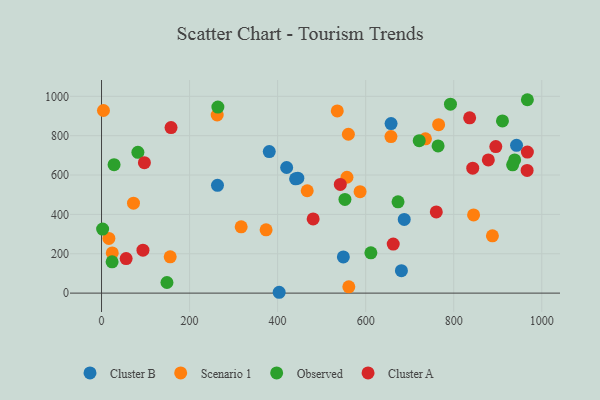
{"axis": {"x": "Experience", "y": "Yield"}, "legend": ["Cluster A", "Cluster B", "Observed", "Scenario 1"], "data": [{"x": "381.0", "y": 719.3, "type": "Cluster B"}, {"x": "263.4", "y": 547.8, "type": "Cluster B"}, {"x": "942.7", "y": 750.9, "type": "Cluster B"}, {"x": "445.9", "y": 584.1, "type": "Cluster B"}, {"x": "657.7", "y": 861.6, "type": "Cluster B"}, {"x": "687.6", "y": 374.4, "type": "Cluster B"}, {"x": "403.5", "y": 4.3, "type": "Cluster B"}, {"x": "549.3", "y": 184.0, "type": "Cluster B"}, {"x": "681.2", "y": 114.0, "type": "Cluster B"}, {"x": "440.8", "y": 581.0, "type": "Cluster B"}, {"x": "420.5", "y": 638.3, "type": "Cluster B"}, {"x": "560.7", "y": 807.3, "type": "Scenario 1"}, {"x": "535.5", "y": 925.8, "type": "Scenario 1"}, {"x": "467.2", "y": 520.2, "type": "Scenario 1"}, {"x": "557.5", "y": 588.7, "type": "Scenario 1"}, {"x": "262.7", "y": 905.2, "type": "Scenario 1"}, {"x": "887.9", "y": 291.2, "type": "Scenario 1"}, {"x": "657.4", "y": 795.6, "type": "Scenario 1"}, {"x": "4.4", "y": 927.9, "type": "Scenario 1"}, {"x": "72.6", "y": 457.1, "type": "Scenario 1"}, {"x": "587.3", "y": 515.5, "type": "Scenario 1"}, {"x": "845.1", "y": 397.1, "type": "Scenario 1"}, {"x": "765.7", "y": 855.9, "type": "Scenario 1"}, {"x": "24.4", "y": 204.2, "type": "Scenario 1"}, {"x": "735.8", "y": 784.2, "type": "Scenario 1"}, {"x": "16.7", "y": 277.7, "type": "Scenario 1"}, {"x": "156.0", "y": 184.6, "type": "Scenario 1"}, {"x": "373.8", "y": 321.6, "type": "Scenario 1"}, {"x": "561.7", "y": 32.0, "type": "Scenario 1"}, {"x": "317.2", "y": 336.9, "type": "Scenario 1"}, {"x": "938.4", "y": 676.6, "type": "Observed"}, {"x": "28.5", "y": 652.5, "type": "Observed"}, {"x": "910.7", "y": 875.2, "type": "Observed"}, {"x": "552.9", "y": 476.3, "type": "Observed"}, {"x": "264.3", "y": 945.3, "type": "Observed"}, {"x": "673.5", "y": 463.8, "type": "Observed"}, {"x": "611.8", "y": 204.9, "type": "Observed"}, {"x": "24.0", "y": 158.9, "type": "Observed"}, {"x": "148.6", "y": 54.0, "type": "Observed"}, {"x": "721.6", "y": 774.7, "type": "Observed"}, {"x": "82.6", "y": 715.2, "type": "Observed"}, {"x": "792.6", "y": 960.0, "type": "Observed"}, {"x": "967.3", "y": 982.7, "type": "Observed"}, {"x": "2.5", "y": 325.2, "type": "Observed"}, {"x": "764.5", "y": 747.9, "type": "Observed"}, {"x": "933.8", "y": 652.1, "type": "Observed"}, {"x": "836.2", "y": 890.5, "type": "Cluster A"}, {"x": "542.4", "y": 552.4, "type": "Cluster A"}, {"x": "843.2", "y": 635.0, "type": "Cluster A"}, {"x": "966.7", "y": 623.4, "type": "Cluster A"}, {"x": "94.1", "y": 218.3, "type": "Cluster A"}, {"x": "662.6", "y": 249.2, "type": "Cluster A"}, {"x": "878.6", "y": 677.0, "type": "Cluster A"}, {"x": "55.9", "y": 175.7, "type": "Cluster A"}, {"x": "895.6", "y": 744.8, "type": "Cluster A"}, {"x": "967.3", "y": 716.6, "type": "Cluster A"}, {"x": "157.9", "y": 841.1, "type": "Cluster A"}, {"x": "480.7", "y": 377.1, "type": "Cluster A"}, {"x": "760.4", "y": 412.6, "type": "Cluster A"}, {"x": "97.4", "y": 662.6, "type": "Cluster A"}]}